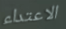
الاعتداء